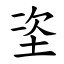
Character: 垐